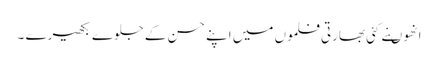
انھوںنے کئی بھارتی فلموں میں اپنے حسن کے جلوے بکھیرے ۔